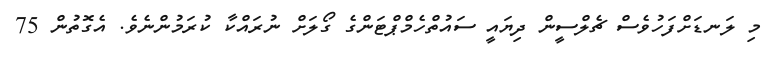
މި ލަނޑަށްފަހުވެސް ޗެލްސީން ދިޔައީ ސައުތްހެމްޕްޓަންގެ ގޯލަށް ނުރައްކާ ކުރަމުންނެވެ. އެގޮތުން 75